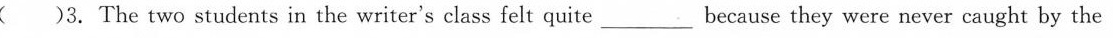
( )3.The two students in the writer's class felt quite ___ because they were never caught by the